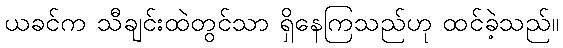
ယခင်က သီချင်းထဲတွင်သာ ရှိနေကြသည်ဟု ထင်ခဲ့သည်။